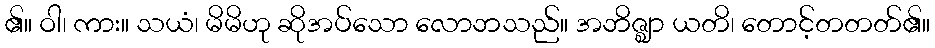
၏။ ဝါ၊ ကား။ သယံ၊ မိမိဟု ဆိုအပ်သော လောဘသည်။ အဘိဇ္ဈာ ယတိ၊ တောင့်တတတ်၏။